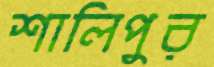
শালিপুর